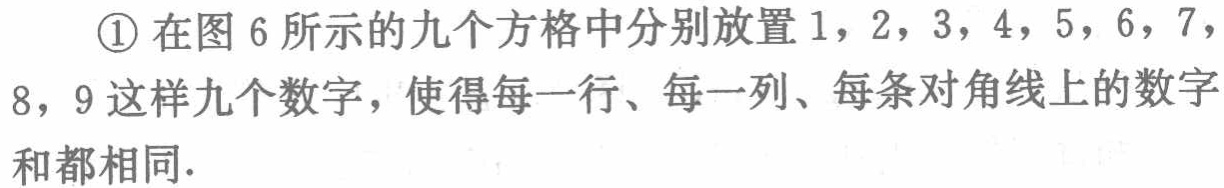
\textcircled{1}在图 6 所示的九个方格中分别放置 1，2，3，4，5，6，7，8，9 这样九个数字，使得每一行、每一列、每条对角线上的数字和都相同.